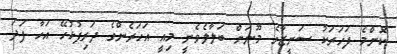
ކޮންމެ ފަހަރަކު ސަނީޒާގެ މޫނަށް ބަލާލެވެނީ މިއީ އަހަރެންގެ ދަރިފުޅުހޭ އަހާ ފަދަ